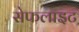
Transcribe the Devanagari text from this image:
सेफलाइट